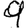
Digit: 9